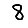
Digit: 8